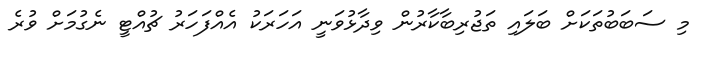
މި ސަބަބުތަކަށް ބަލައި ތަޖުރިބާކާރުން ވިދާޅުވަނީ އަހަރަކު އެއްފަހަރު ޗުއްޓީ ނެގުމަށް ވުރެ